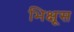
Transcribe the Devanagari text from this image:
भिक्षूस